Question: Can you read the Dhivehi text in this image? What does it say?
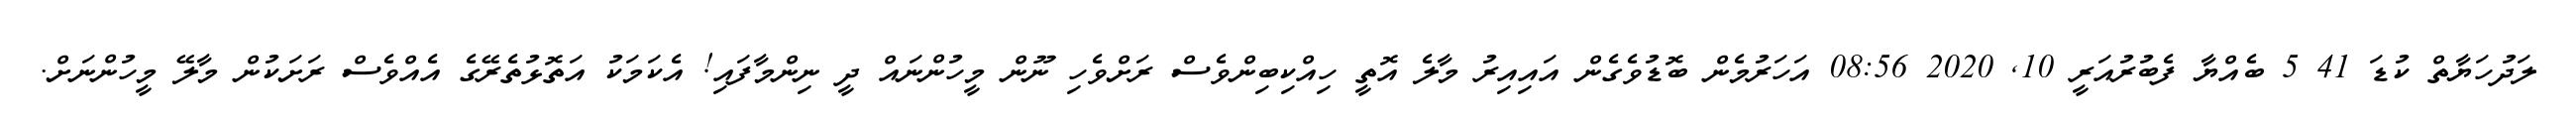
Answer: ލަދުހަޔާތް ކުޑަ 41 5 ބެއްޔާ ފެބުރުއަރީ 10, 2020 08:56 އަހަރުމެން ބޮޑުވެގެން އައިއިރު މާލެ އޮތީ ހިއްކިބިންވެސް ރަށްވެހި ނޫން މީހުންނައް ދީ ނިންމާފައި! އެކަމަކު އަތޮޅުތެރޭގެ އެއްވެސް ރަށަކުން މާލޭ މީހުންނަށް.